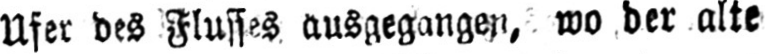
Ufer des Flusses ausgegangen, wo der alte